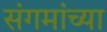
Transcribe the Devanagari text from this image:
संगमांच्या